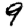
Digit: 9